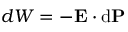
d W = - \mathbf { E } \cdot \mathrm { d } \mathbf { P }